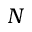
N